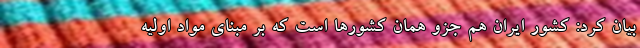
بیان کرد: کشور ایران هم جزو همان کشورها است که بر مبنای مواد اولیه